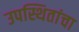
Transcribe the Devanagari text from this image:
उपस्थितांचा